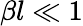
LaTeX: \beta l\ll 1